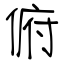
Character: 俯